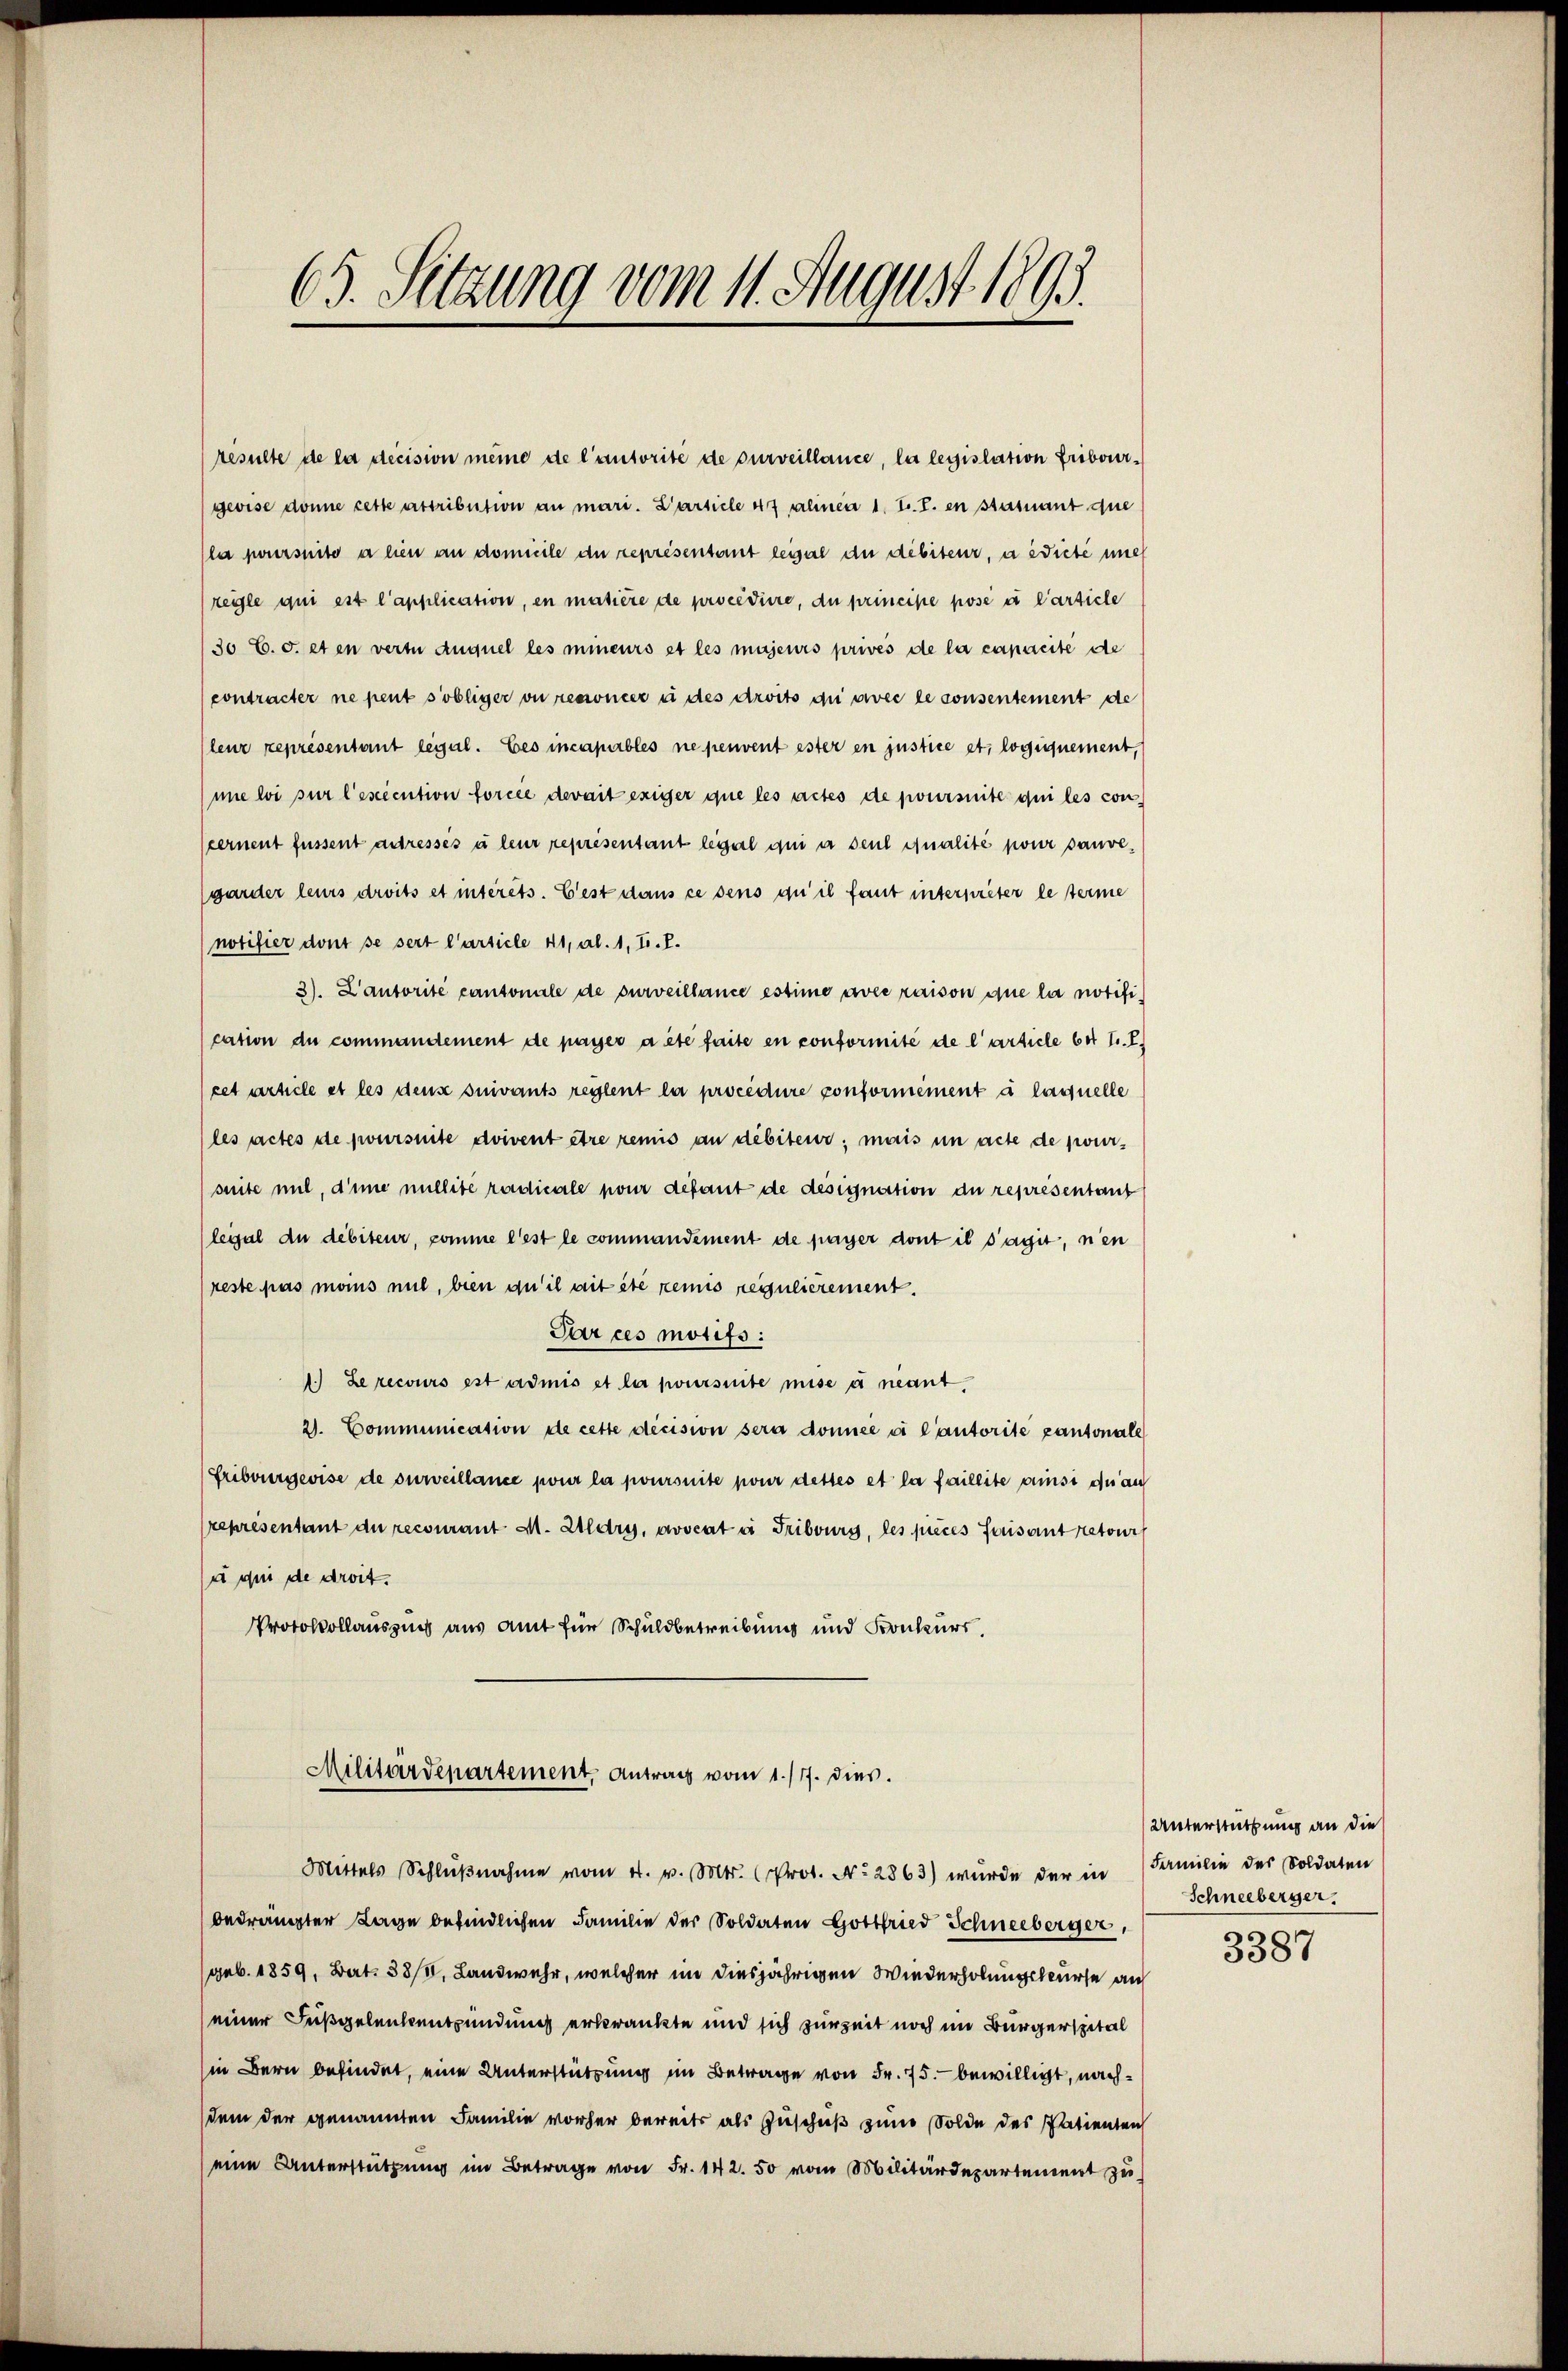
resulte de la decision meine de l’autorité de surveillance, la legislation Fribourggeoise donne cette attribution an mari. Particle 47 alinea 1. T. T. en stasnant que
la poursuito a lien an domicile du représentant leisel an debiteur, a diese mich
regle qui est l’application, en matière de procediere, du principe posé à l’article
/30 C. c. et en verte auquel les mineurs et les majeurs privés de la capacité de
contracter ne peut s’obliger ou renoncer à des droits du avec le consentement de
leur représentant legal. Les incapables ne peuvent ester en justice et logiquement,
me loi sur l’esecution forcée devait exiger que les actes de poursuite qui les con
cernent füssent adressés à leur representant legal qui a seul qualité pour saure,
(garder leurs droits et intérêts. Gest dans ce sens qu’il faut interpreter le terme
notifier dont se sert l’article 41, Al. 1, F. P.
3). L’autorité cantonale de surveillance estime avec raison que la notification du commandement de payer a été faite en conformité de l’article 64 f. E
cet article et les dense suivants reglent la procedure conformément à laquelle
les actes de poursuite doivent être remis an debiteur; mais in acte de pour-
suite mit, die nullité radicale pour défaut de désignation du représentant
leigel du débiteur, comme l’est le commandement de payer dont il s’agit, nen
(reste pas moins mit, bien qu’il ait été remis regulièrement.
Par ces motifs :
1.) Le recours est admis et la poursuite mise u neant,
2. Communication de cette decision sera donnée à l’autorite pantonale
Fribourgevise de surveillance pour la poursuite pour dettes et la faillite ainsi du au
représentant du recourant M. Zildry, avocat ei Fribours, les pièces faisant retour
su sei de droit.
Protokollauszug aus amt für Schuldbetreibung und Konkurs.
Militärdepartement, Antrag vom 1./17. dies
Mittels Schlŭβnahme vom 4. v. Mts. (Prot. No. 2863) wurde der in Familie des Soldaten
bedrängter Lage befindlichen Familie der Soldaten Gottfried Schneeberger,
(geb. 1859, Bart. 38/0, Landwehr, welcher im diesjährigen Wiederholungskurse au
einer Fußgelenkentzündung erkrankte und sich zur Zeit noch im Bürgerspital
in Bern befindet, eine Unterstützung im Betrage von Fr. 75. bewilligt, nachdem der genannten Familie vorher bereits als Zuschuß zum Solde des Patienten
eine Unterstützung im Betrage von Fr. 142. 50 vom Militärdepartement zu

63. Sitzung vom 11. August 1893.

Unterstützung an die
Schneeberger.

3387